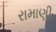
રામાણી